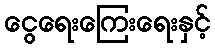
ငွေရေးကြေးရေးနှင့်